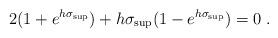
LaTeX: \begin{align*} 2(1+e^{h\sigma_{\sup}}) + h\sigma_{\sup} (1-e^{h\sigma_{\sup}}) = 0 \;. \end{align*}